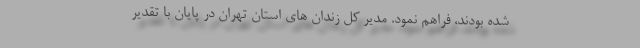
شده بودند، فراهم نمود. مدیر کل زندان های استان تهران در پایان با تقدیر